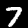
Label: 7